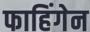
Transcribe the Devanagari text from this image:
फाहिंगेन